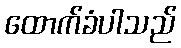
ထောက်ခံပါသည်